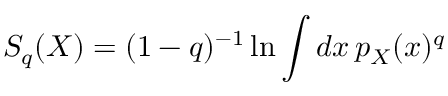
S _ { q } ( X ) = ( 1 - q ) ^ { - 1 } \ln \int d x \, p _ { X } ( x ) ^ { q }